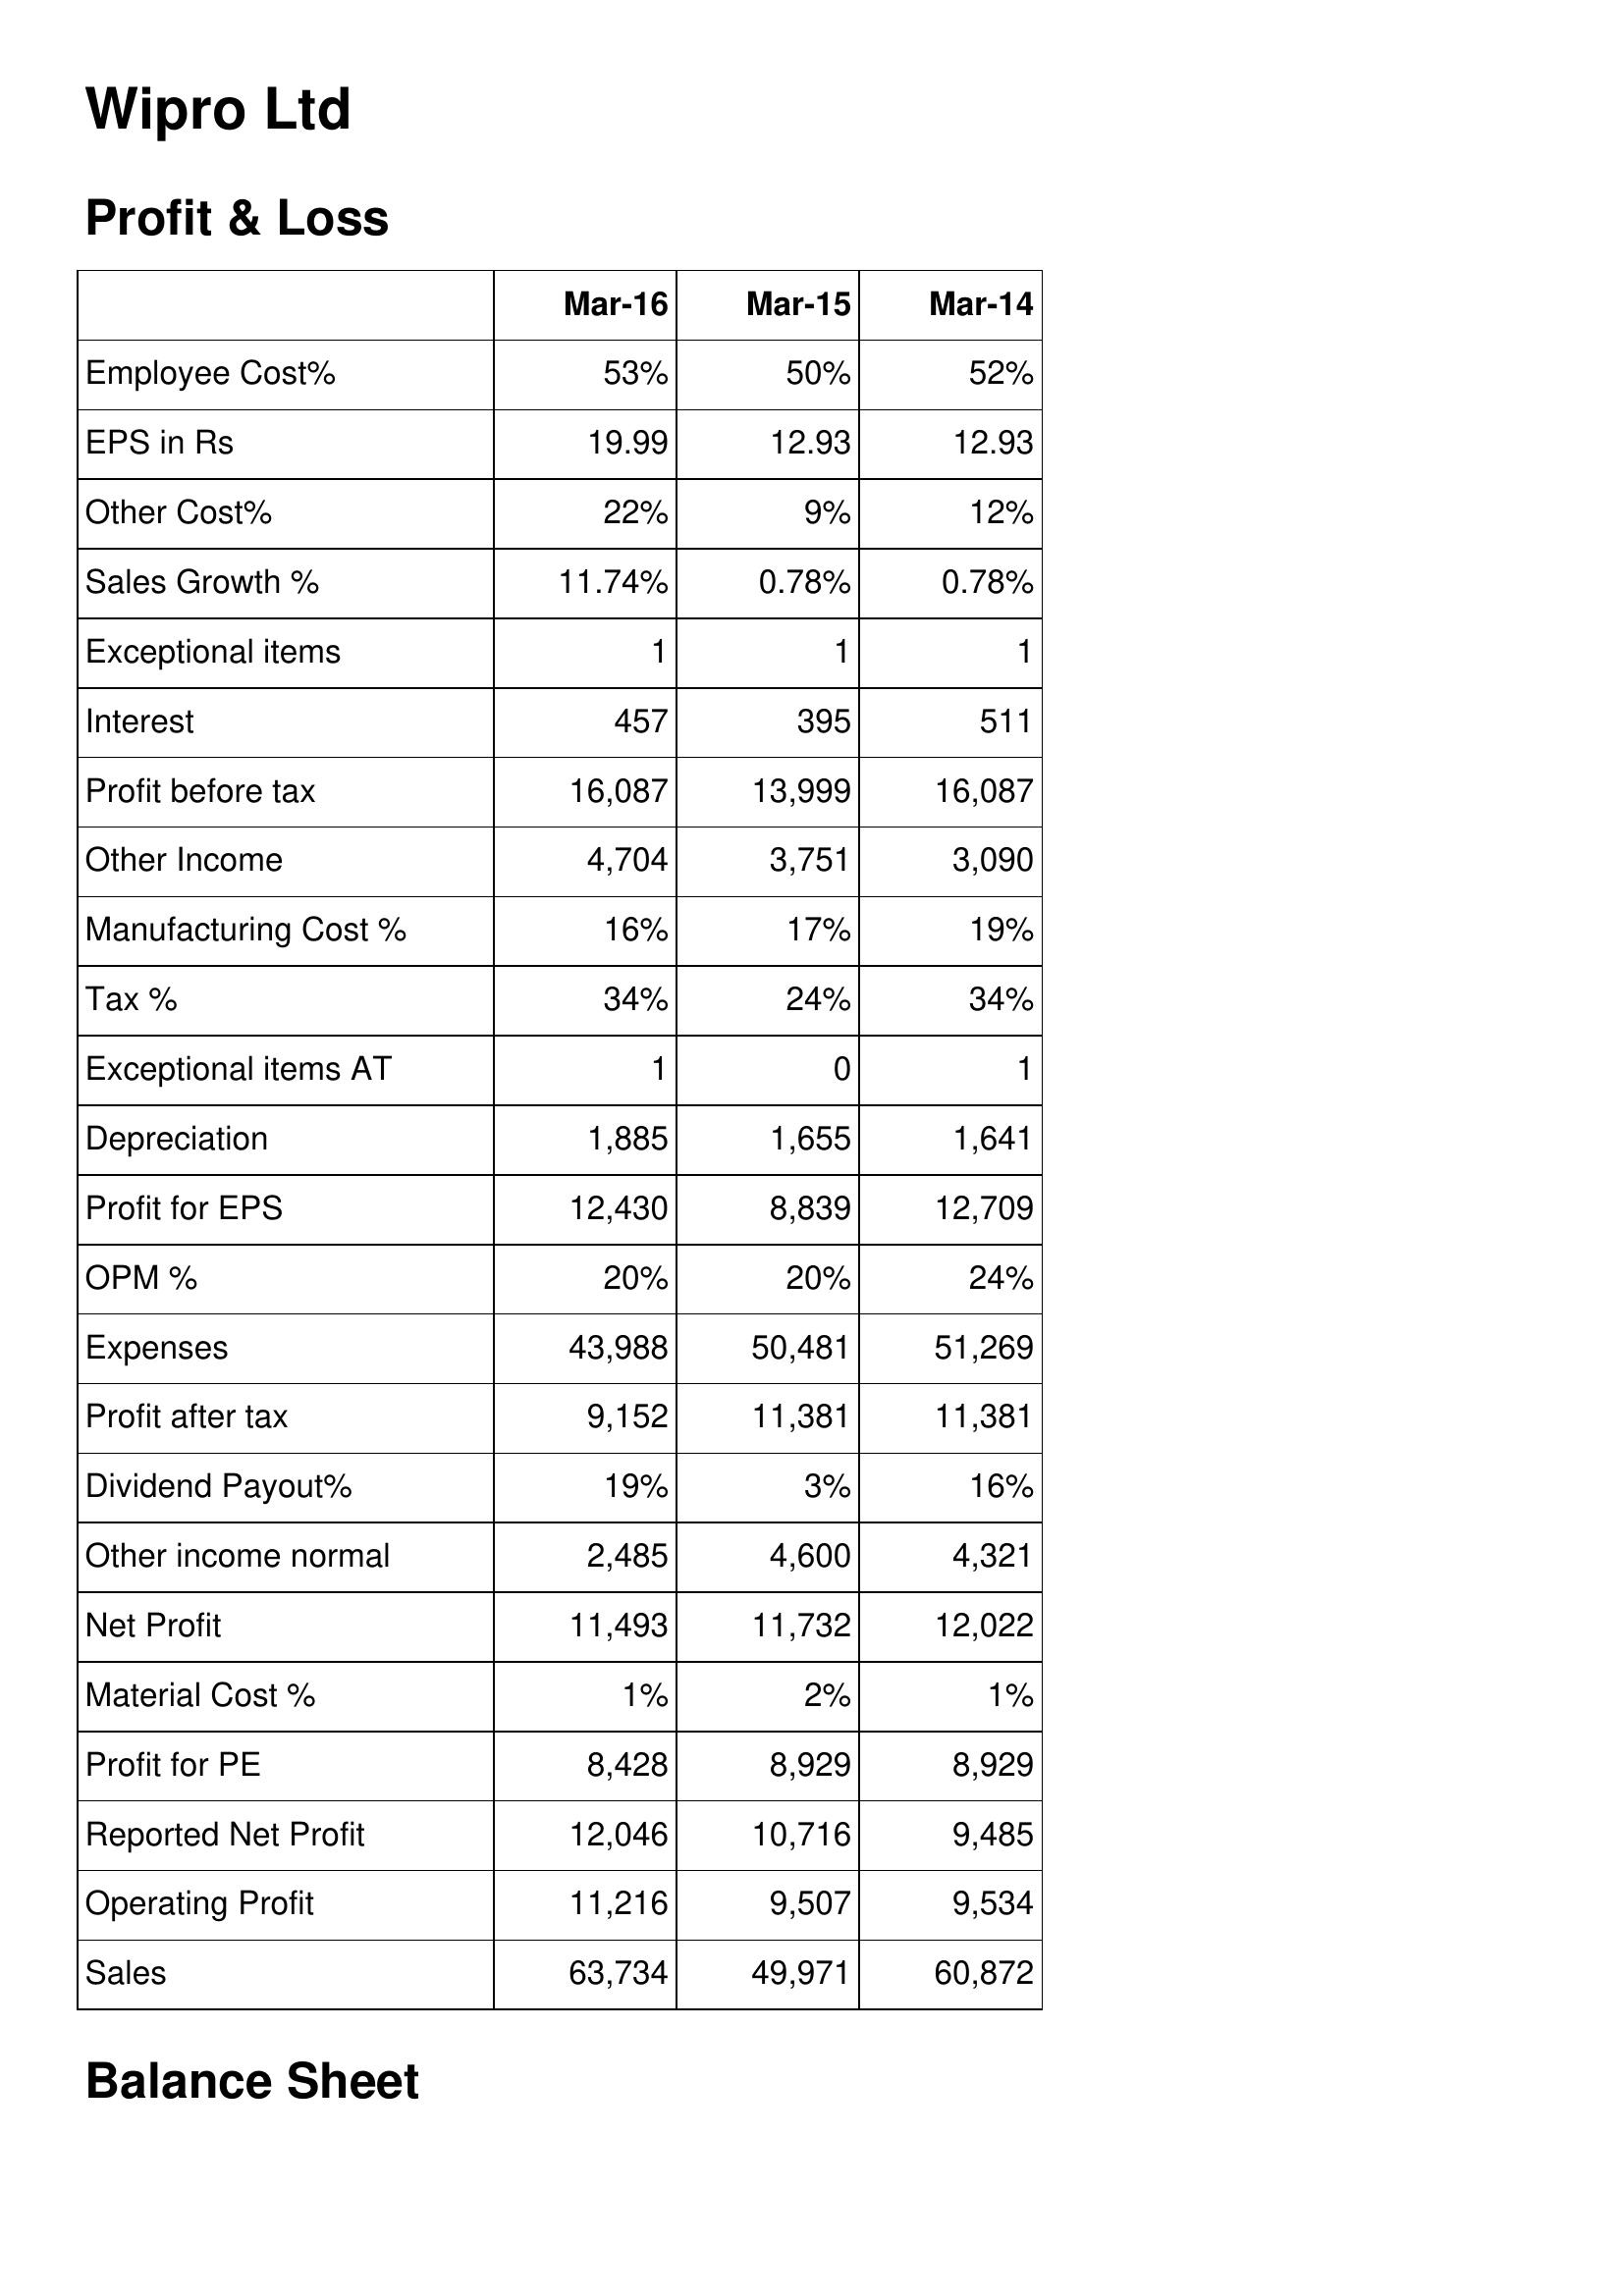
Mar-16: Profit & Loss: Employee Cost%: 53%
EPS in Rs: 19.99
Other Cost%: 22%
Sales Growth %: 11.74%
Exceptional items: 1
Interest: 457
Profit before tax: 16,087
Other Income: 4,704
Manufacturing Cost %: 16%
Tax %: 34%
Exceptional items AT: 1
Depreciation: 1,885
Profit for EPS: 12,430
OPM %: 20%
Expenses: 43,988
Profit after tax: 9,152
Dividend Payout%: 19%
Other income normal: 2,485
Net Profit: 11,493
Material Cost %: 1%
Profit for PE: 8,428
Reported Net Profit: 12,046
Operating Profit: 11,216
Sales: 63,734
Mar-15: Profit & Loss: Employee Cost%: 50%
EPS in Rs: 12.93
Other Cost%: 9%
Sales Growth %: 0.78%
Exceptional items: 1
Interest: 395
Profit before tax: 13,999
Other Income: 3,751
Manufacturing Cost %: 17%
Tax %: 24%
Exceptional items AT: 0
Depreciation: 1,655
Profit for EPS: 8,839
OPM %: 20%
Expenses: 50,481
Profit after tax: 11,381
Dividend Payout%: 3%
Other income normal: 4,600
Net Profit: 11,732
Material Cost %: 2%
Profit for PE: 8,929
Reported Net Profit: 10,716
Operating Profit: 9,507
Sales: 49,971
Mar-14: Profit & Loss: Employee Cost%: 52%
EPS in Rs: 12.93
Other Cost%: 12%
Sales Growth %: 0.78%
Exceptional items: 1
Interest: 511
Profit before tax: 16,087
Other Income: 3,090
Manufacturing Cost %: 19%
Tax %: 34%
Exceptional items AT: 1
Depreciation: 1,641
Profit for EPS: 12,709
OPM %: 24%
Expenses: 51,269
Profit after tax: 11,381
Dividend Payout%: 16%
Other income normal: 4,321
Net Profit: 12,022
Material Cost %: 1%
Profit for PE: 8,929
Reported Net Profit: 9,485
Operating Profit: 9,534
Sales: 60,872